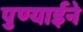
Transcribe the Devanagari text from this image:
पुण्याईने